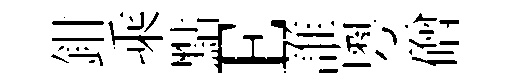
鉗乘點E誰粵磳